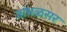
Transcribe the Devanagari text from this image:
जांभळसर